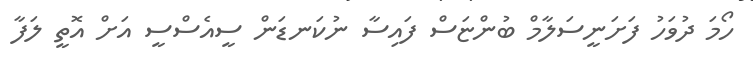
ހޯމަ ދުވަހު ފަށަނީސަލާމް ބުންޏަސް ފައިސާ ނުކަނޑަން ސީއެސްސީ އަށް އޮތީ ލަފާ